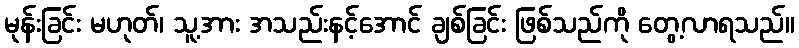
မုန်းခြင်း မဟုတ်၊ သူ့အား အသည်းနင့်အောင် ချစ်ခြင်း ဖြစ်သည်ကို တွေ့လာရသည်။